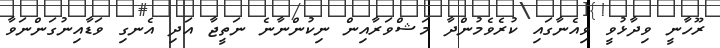
ރޫހާނީ ވިދާޅުވީ ވިއެނާގައި ކުރެވެމުންދާ މަޝްވަރާއިން ނިކުންނާނެ ނަތީޖާ އަދި އެނގި ވަޑާއިނުގަންނަވާ